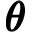
\pmb { \theta }